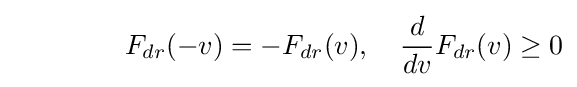
\qquad \qquad F_{dr}(-v)=-F_{dr}(v),\quad {\frac {d}{dv}}F_{dr}(v)\geq 0